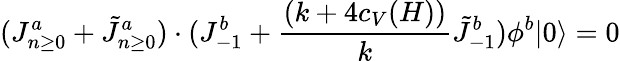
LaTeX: (J_{n\ge 0}^{a}+\tilde{J}_{n\ge 0}^{a})\cdot(J_{-1}^{b}+{\frac{(k+4c_{V}(H))}{k}}\tilde{J}_{-1}^{b})\phi^{b}|0\rangle=0